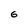
Character: 6